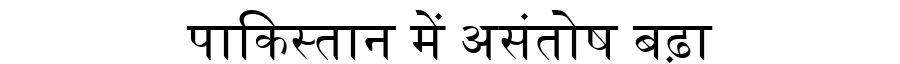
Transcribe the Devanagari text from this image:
पाकिस्तान में असंतोष बढ़ा